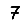
Digit: 7